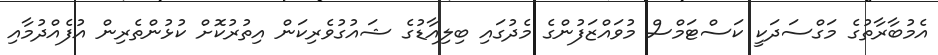
އެމުބާރާތުގެ މަގްސަދަކީ ކަސްޓަމްސް މުވައްޒަފުންގެ މެދުގައި ބިލިއާޑުގެ ޝައުގުވެރިކަން އިތުރުކޮށް ކުޅުންތެރިން އުފެއްދުމާއި